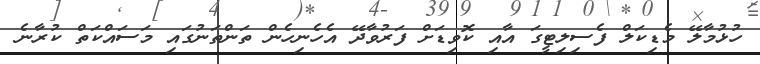
ހުޅުމާލޭ މެޑިކަލް ފެސިލިޓީގަ އާއި ކޮވިޑަށް ފަރުވާދޭ އެހެނިހެން ތަންތަނުގައި މަަސައްކަތް ކުރާނެ